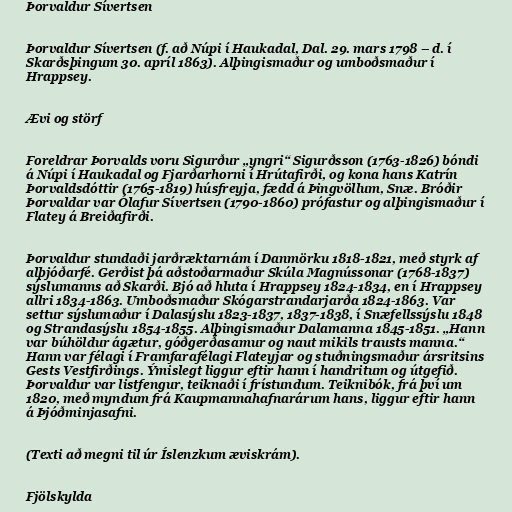
Þorvaldur Sívertsen

Þorvaldur Sívertsen (f. að Núpi í Haukadal, Dal. 29. mars 1798 – d. í
Skarðsþingum 30. apríl 1863). Alþingismaður og umboðsmaður í
Hrappsey.

Ævi og störf

Foreldrar Þorvalds voru Sigurður „yngri“ Sigurðsson (1763-1826) bóndi
á Núpi í Haukadal og Fjarðarhorni í Hrútafirði, og kona hans Katrín
Þorvaldsdóttir (1765-1819) húsfreyja, fædd á Þingvöllum, Snæ. Bróðir
Þorvaldar var Ólafur Sívertsen (1790-1860) prófastur og alþingismaður í
Flatey á Breiðafirði.

Þorvaldur stundaði jarðræktarnám í Danmörku 1818-1821, með styrk af
alþjóðarfé. Gerðist þá aðstoðarmaður Skúla Magnússonar (1768-1837)
sýslumanns að Skarði. Bjó að hluta í Hrappsey 1824-1834, en í Hrappsey
allri 1834-1863. Umboðsmaður Skógarstrandarjarða 1824-1863. Var
settur sýslumaður í Dalasýslu 1823-1837, 1837-1838, í Snæfellssýslu 1848
og Strandasýslu 1854-1855. Alþingismaður Dalamanna 1845-1851. „Hann
var búhöldur ágætur, góðgerðasamur og naut mikils trausts manna.“
Hann var félagi í Framfarafélagi Flateyjar og stuðningsmaður ársritsins
Gests Vestfirðings. Ýmislegt liggur eftir hann í handritum og útgefið.
Þorvaldur var listfengur, teiknaði í frístundum. Teiknibók, frá því um
1820, með myndum frá Kaupmannahafnarárum hans, liggur eftir hann
á Þjóðminjasafni.

(Texti að megni til úr Íslenzkum æviskrám).

Fjölskylda